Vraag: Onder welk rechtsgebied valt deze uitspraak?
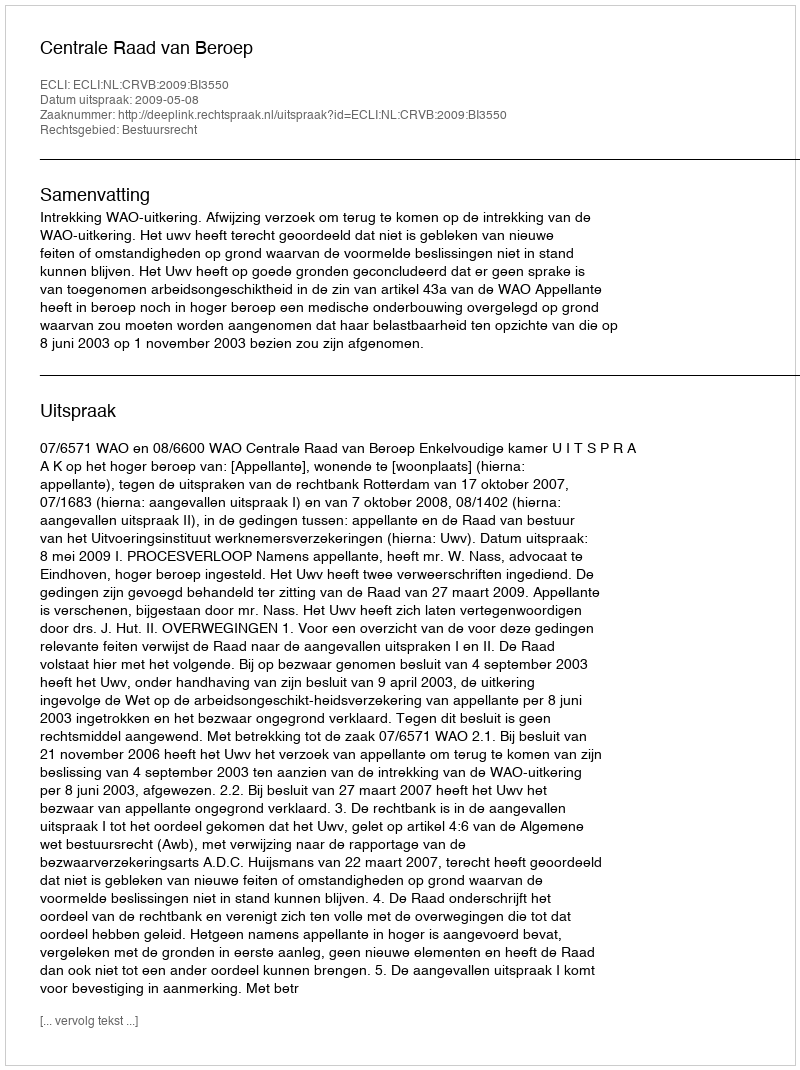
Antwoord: Bestuursrecht